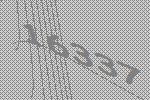
16337